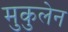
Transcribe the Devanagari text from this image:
मुकुलेन